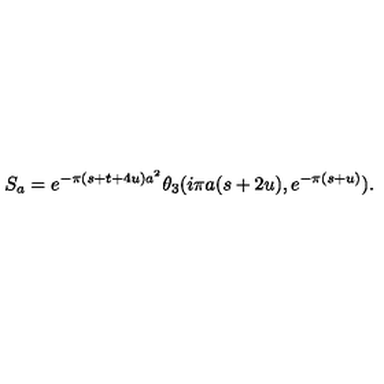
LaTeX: S _ { a } = e ^ { - \pi ( s + t + 4 u ) a ^ { 2 } } \theta _ { 3 } ( i \pi a ( s + 2 u ) , e ^ { - \pi ( s + u ) } ) .